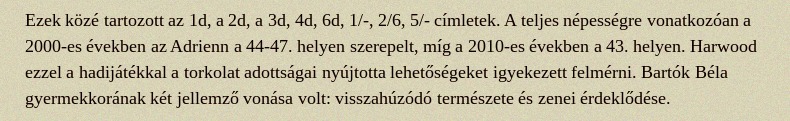
Ezek közé tartozott az 1d, a 2d, a 3d, 4d, 6d, 1/-, 2/6, 5/- címletek. A teljes népességre vonatkozóan a 2000-es években az Adrienn a 44-47. helyen szerepelt, míg a 2010-es években a 43. helyen. Harwood ezzel a hadijátékkal a torkolat adottságai nyújtotta lehetőségeket igyekezett felmérni. Bartók Béla gyermekkorának két jellemző vonása volt: visszahúzódó természete és zenei érdeklődése.